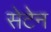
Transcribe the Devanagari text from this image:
सेटेन